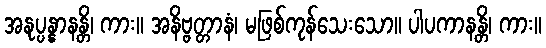
အနုပ္ပန္နာနန္တိ၊ ကား။ အနိဗ္ဗတ္တာနံ၊ မဖြစ်ကုန်သေးသော။ ပါပကာနန္တိ၊ ကား။